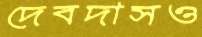
দেবদাসও